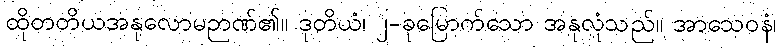
ထိုတတိယအနုလောမဉာဏ်၏။ ဒုတိယံ၊ ၂-ခုမြောက်သော အနုလုံသည်။ အာသေဝနံ၊